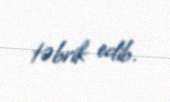
təbrik edib.